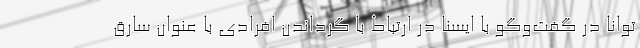
توانا در گفت‌وگو با ایسنا در ارتباط با گرداندن افرادی با عنوان سارق